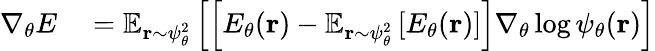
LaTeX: \begin{array}{rl}{\nabla_{\theta}E}&{{}=\mathbb{E}_{{\mathbf{r}}\sim\psi_{\theta}^{2}}\left[\left[E_{\theta}({\mathbf{r}})-\mathbb{E}_{{\mathbf{r}}\sim\psi_{\theta}^{2}}\left[E_{\theta}({\mathbf{r}})\right]\right]\nabla_{\theta}\log\psi_{\theta}({\mathbf{r}})\right]}\end{array}